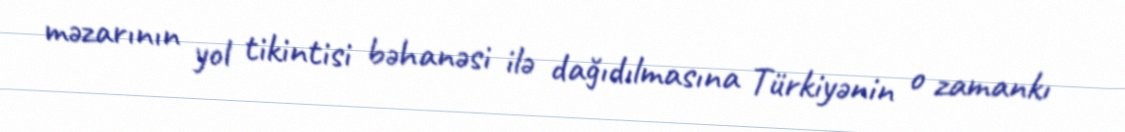
məzarının yol tikintisi bəhanəsi ilə dağıdılmasına Türkiyənin o zamankı